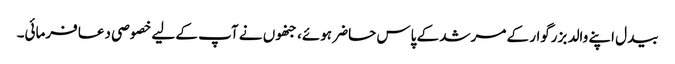
بیدل اپنے والد بزرگوار کے مرشد کے پاس حاضر ہوئے، جنھوں نے آپ کے لیے خصوصی دعا فرمائی۔